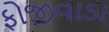
ફોજીવાડા